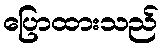
ပြောထားသည်